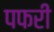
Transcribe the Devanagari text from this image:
पफरी